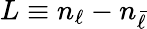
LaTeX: L\equiv n_{\ell}-n_{\bar{\ell}}